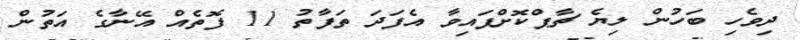
ދިވެހި ބަހުން ލިޔެ ޗާޕްކޮށްފައިވާ އެފަދަ ތަފާތު 11 ފޮތެއް އޭނާގެ އަތުން